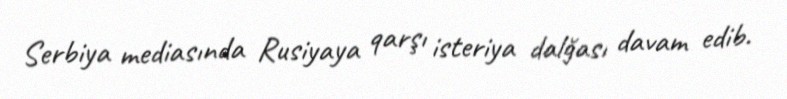
Serbiya mediasında Rusiyaya qarşı isteriya dalğası davam edib.